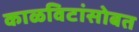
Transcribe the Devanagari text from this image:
काळविटांसोबत